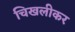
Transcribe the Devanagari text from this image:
चिखलीकर